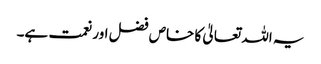
یہ اللہ تعالیٰ کا خاص فضل اور نعمت ہے۔